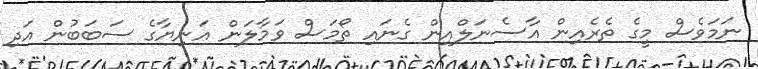
ނަމަވެސް މީގެ ތެރެއިން އާސެނަލްއިން ގެނައި ތޯމަސް ވަމާލަން އަނިޔާގެ ސަބަބުން އަދި